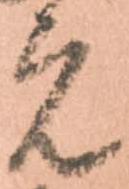
え